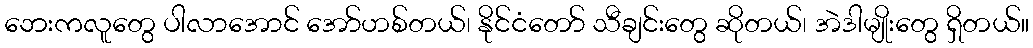
ဘေးကလူတွေ ပါလာအောင် အော်ဟစ်တယ်၊ နိုင်ငံတော် သီချင်းတွေ ဆိုတယ်၊ အဲဒါမျိုးတွေ ရှိတယ်။